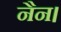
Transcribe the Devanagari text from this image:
नैन।